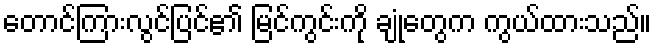
တောင်ကြားလွင်ပြင်၏ မြင်ကွင်းကို ချုံတွေက ကွယ်ထားသည်။